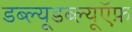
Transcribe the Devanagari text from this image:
डब्ल्यूडब्ल्यूऍफ़